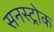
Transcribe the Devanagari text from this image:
सनस्ट्रोक